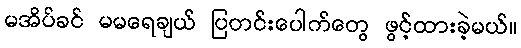
မအိပ်ခင် မမရေချယ် ပြတင်းပေါက်တွေ ဖွင့်ထားခဲ့မယ်။